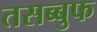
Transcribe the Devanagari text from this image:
तसब्बुफ